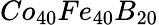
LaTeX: Co_{40}Fe_{40}B_{20}